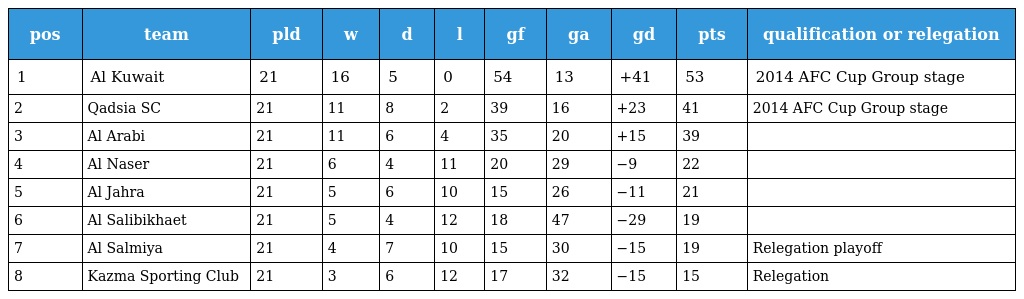
| pos | team | pld | w | d | l | gf | ga | gd | pts | qualification or relegation |
 | --- | --- | --- | --- | --- | --- | --- | --- | --- | --- | --- |
 | 1 | Al Kuwait | 21 | 16 | 5 | 0 | 54 | 13 | +41 | 53 | 2014 AFC Cup Group stage |
 | 2 | Qadsia SC | 21 | 11 | 8 | 2 | 39 | 16 | +23 | 41 | 2014 AFC Cup Group stage |
 | 3 | Al Arabi | 21 | 11 | 6 | 4 | 35 | 20 | +15 | 39 |  |
 | 4 | Al Naser | 21 | 6 | 4 | 11 | 20 | 29 | −9 | 22 |  |
 | 5 | Al Jahra | 21 | 5 | 6 | 10 | 15 | 26 | −11 | 21 |  |
 | 6 | Al Salibikhaet | 21 | 5 | 4 | 12 | 18 | 47 | −29 | 19 |  |
 | 7 | Al Salmiya | 21 | 4 | 7 | 10 | 15 | 30 | −15 | 19 | Relegation playoff |
 | 8 | Kazma Sporting Club | 21 | 3 | 6 | 12 | 17 | 32 | −15 | 15 | Relegation |